Vaccination in Bombay 1889-1901 - 1889-1901
Year: 1889
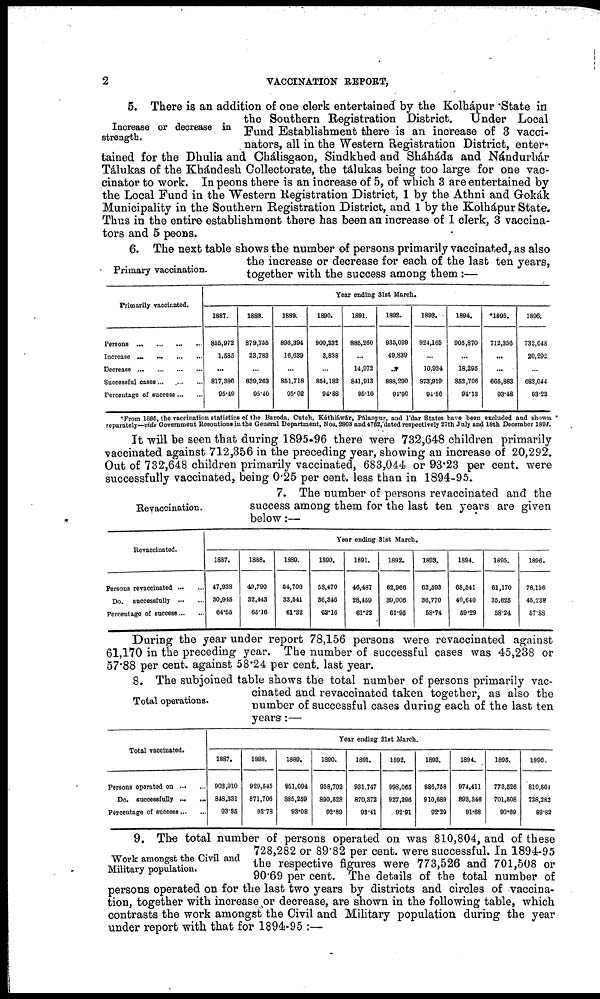
2
VACCINATION REPORT,
Increase or decrease in
strength.
5. There is an addition of one clerk entertained by the Kolhápur State in
the Southern Registration District. Under Local
Fund Establishment there is an increase of 3 vacci¬
nators, all in the Western Registration District, enter-
tained for the Dhulia and Chálisgaon, Sindkhed and Sháháda and Nándurbár
Tálukas of the Khándesh Collectorate, the tálukas being too large for one vac¬
cinator to work. In peons there is an increase of 5, of which 3 are entertained by
the Local Fund in the Western Registration District, 1 by the Athni and Gokák
Municipality in the Southern Registration District, and 1 by the Kolhápur State.
Thus in the entire establishment there has been an increase of I clerk, 3 vaccina-
tors and 5 peons.
Primary vaccination.
6. The next table shows the number of persons primarily vaccinated, as also
the increase or decrease for each of the last ten years,
together with the success among them :—
Primarily vaccinated.
Persons
...
...
...
...
Increase
...
...
...
...
Decrease
...
...
...
...
Successful cases... ... ...
Percentage of success ... ...
Year ending 31st March.
1887.
855,972
1,585
...
817,386
95.49
1888.
879,755
23,783
...
839,263
95.40
1889.
896,394
16,639
...
851,718
95.02
1890.
900,232
3,838
...
854,182
94.88
1891.
885,260
...
14,972
841,913
95.10
1892.
935,099
49,839
...
888,290
94.99
1893.
924,165
...
10,934
873,919
94.56
1894.
905,870
...
18,295
852,706
94.13
*1895.
712,356
...
...
665,883
93.48
1896.
732,648
20,292
...
683,044
93.23
*From 1895, the vaccination statistics of the Baroda, Cutch, Káthiáwár, Pálanpur, and I'dar States have been excluded and shown
separately—vide Government Resoutions in the General Department, NOS. 2803 and 4762,dated respectively 27th July and 18th December 1894.
It will be seen that during 1895-96 there were 732,648 children primarily
vaccinated against 712,356 in the preceding year, showing an increase of 20,292.
Out of 732,648 children primarily vaccinated, 683,044 or 93.23 per cent. were
successfully vaccinated, being 0.25 per cent. less than in 1894-95.
Revaccination.
7. The number of persons revaccinated and the
success among them for the last ten years are given
below:—
Revaccinated.
Persons revaccinated ... ...
Do. successfully
...
...
Percentage of success ... ...
Year ending 31st March.
1887.
47,938
30,945
64.55
1888.
49,790
32,443
65.16
1889.
54,700
33,541
61.32
1890.
58,470
36,346
62.16
1891.
46,487
28, 459
61.22
1892.
62,966
39,006
61.95
1893.
62,593
36,770
58.74
1894.
68,541
40,640
59.29
1895.
61,170
35,625
58.24
1896.
78,156
45,238
57.88
During the year under report 78,156 persons were revaccinated against
61,170 in the preceding year. The number of successful cases was 45,238 or
57.88 per cent. against 58.24 per cent. last year.
Total operations.
8. The subjoined table shows the total number of persons primarily vac-
cinated and revaccinated taken together, as also the
number of successful cases during each of the last ten
years:—
Total vaccinated.
Persons operated on ... ...
Do. successfully
...
...
Percentage of success ... ...
Year ending 31st March.
1887.
903,910
848,331
93.35
1888.
929,545
871,706
93.78
1889.
951,094
885,259
93.08
1890.
958,702
890,528
92.89
1891.
931,747
870,372
93.41
1892.
998,065
927,296
92.91
1893.
986,758
910,689
92.29
1894.
974,411
893,346
91.68
1895.
773,526
701,508
90.69
1896.
810,801
728,282
89.82
Work amongst the Civil and
Military population.
9. The total number of persons operated on was 810,804, and of these
728,282 or 89.82 per cent. were successful. In 1894-95
the respective figures were 773,526 and 701,508 or
90.69 per cent. The details of the total number of
persons operated on for the last two years by districts and circles of vaccina-
tion, together with increase or decrease, are shown in the following table, which
contrasts the work amongst the Civil and Military population during the year
under report with that for 1894-95 :—